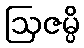
ဩဇမ္ပိ